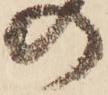
の